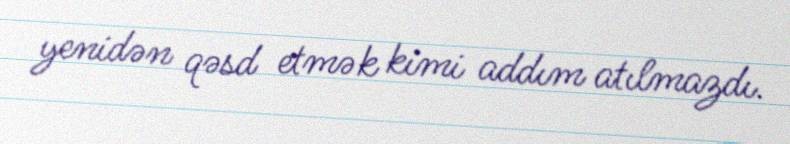
yenidən qəsd etmək kimi addım atılmazdı.